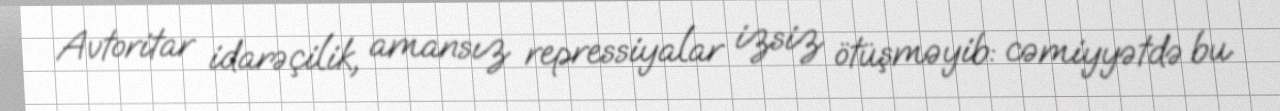
Avtoritar idarəçilik, amansız repressiyalar izsiz ötüşməyib: cəmiyyətdə bu